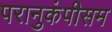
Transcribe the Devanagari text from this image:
परानुकंपीसम